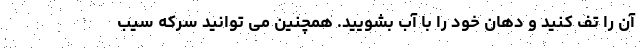
آن را تف کنید و دهان خود را با آب بشویید. همچنین می توانید سرکه سیب